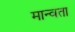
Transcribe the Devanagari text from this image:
मान्वता